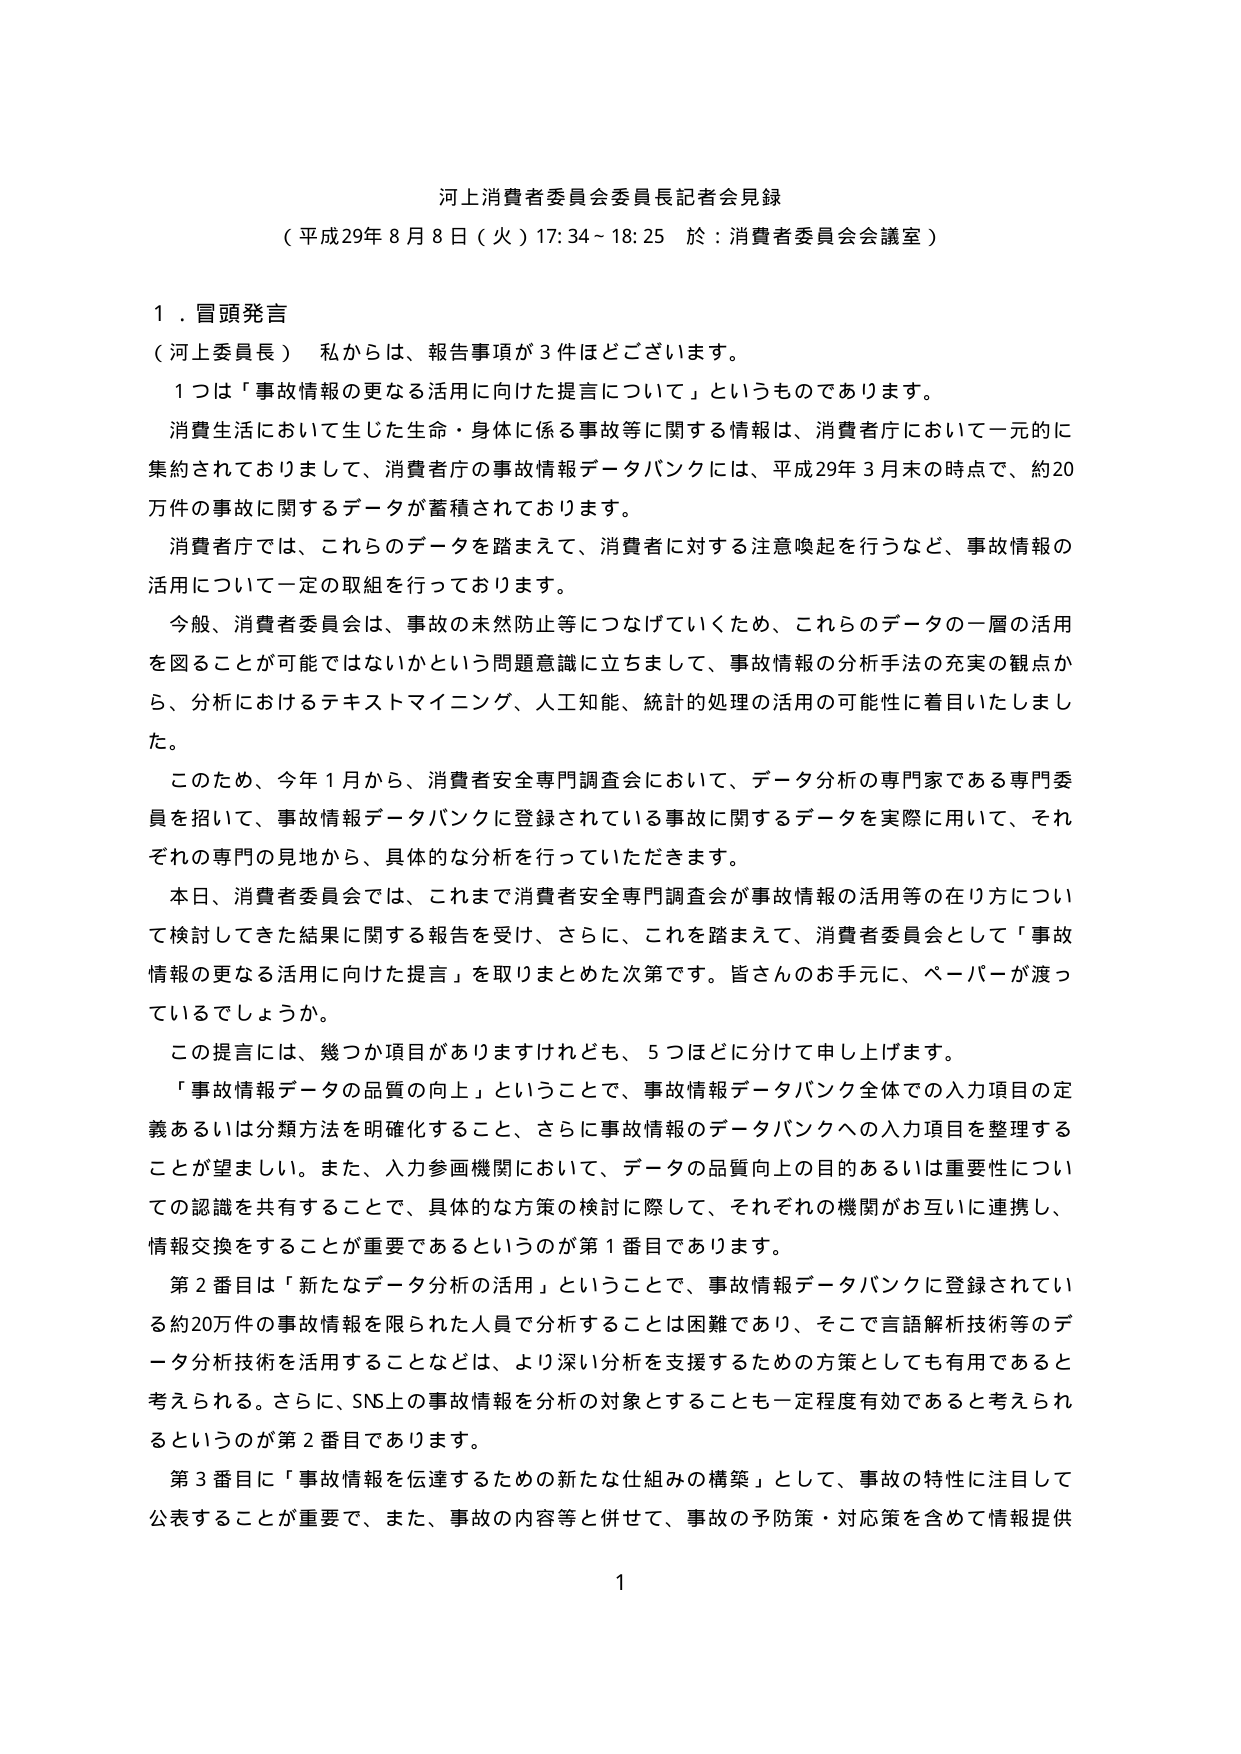
河上消費者委員会委員長記者会見録
（平成29年8月8日（火）17:34～18:25 於：消費者委員会会議室）

１．冒頭発言
（河上委員長） 私からは、報告事項が3件ほどございます。
　１つは「事故情報の更なる活用に向けた提言について」というものであります。
　消費生活において生じた生命・身体に係る事故等に関する情報は、消費者庁において一元的に集約されておりまして、消費者庁の事故情報データバンクには、平成29年3月末の時点で、約20万件の事故に関するデータが蓄積されております。
　消費者庁では、これらのデータを踏まえて、消費者に対する注意喚起を行うなど、事故情報の活用について一定の取組を行っております。
　今般、消費者委員会は、事故の未然防止につなげていくため、これらのデータの一層の活用を図ることが可能ではないかという問題意識に立ちまして、事故情報の分析手法の充実の観点から、分析におけるテキストマイニング、人工知能、統計的処理の活用の可能性に着目いたしました。
　このため、今年1月から、消費者安全専門調査会において、データ分析の専門家である専門委員を招いて、事故情報データバンクに登録されている事故に関するデータを実際に用いて、それぞれの専門の見地から、具体的な分析を行っていただきます。
　本日、消費者委員会では、これまで消費者安全専門調査会が事故情報の活用等の在り方について検討してきた結果に関する報告を受け、さらに、これを踏まえて、消費者委員会として「事故情報の更なる活用に向けた提言」を取りまとめた次第です。皆さんのお手元に、ペーパーが渡っているでしょうか。
　この提言には、幾つか項目がありますけれども、5つほどに分けて申し上げます。
　「事故情報データの品質の向上」ということで、事故情報データバンク全体での入力項目の定義あるいは分類方法を明確化すること、さらに事故情報のデータバンクへの入力項目を整理することが望ましい。また、入力参画機関において、データの品質向上の目的あるいは重要性についての認識を共有することで、具体的な方策の検討に際して、それぞれの機関がお互いに連携し、情報交換をすることが重要であるというのが第1番目であります。
　第2番目は「新たなデータ分析の活用」ということで、事故情報データバンクに登録されている約20万件の事故情報を限られた人員で分析することは困難であり、そこで言語解析技術等のデータ分析技術を活用することなどは、より深い分析を支援するための方策としても有用であると考えられる。さらに、SNS上の事故情報を分析の対象とすることも一定程度有効であると考えられるというのが第2番目であります。
　第3番目に「事故情報を伝達するための新たな仕組みの構築」として、事故の特性に注目して公表することが重要で、また、事故の内容等と併せて、事故の予防策・対応策を含めて情報提供

1